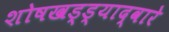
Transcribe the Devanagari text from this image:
शोषखड्ड्याद्वारे